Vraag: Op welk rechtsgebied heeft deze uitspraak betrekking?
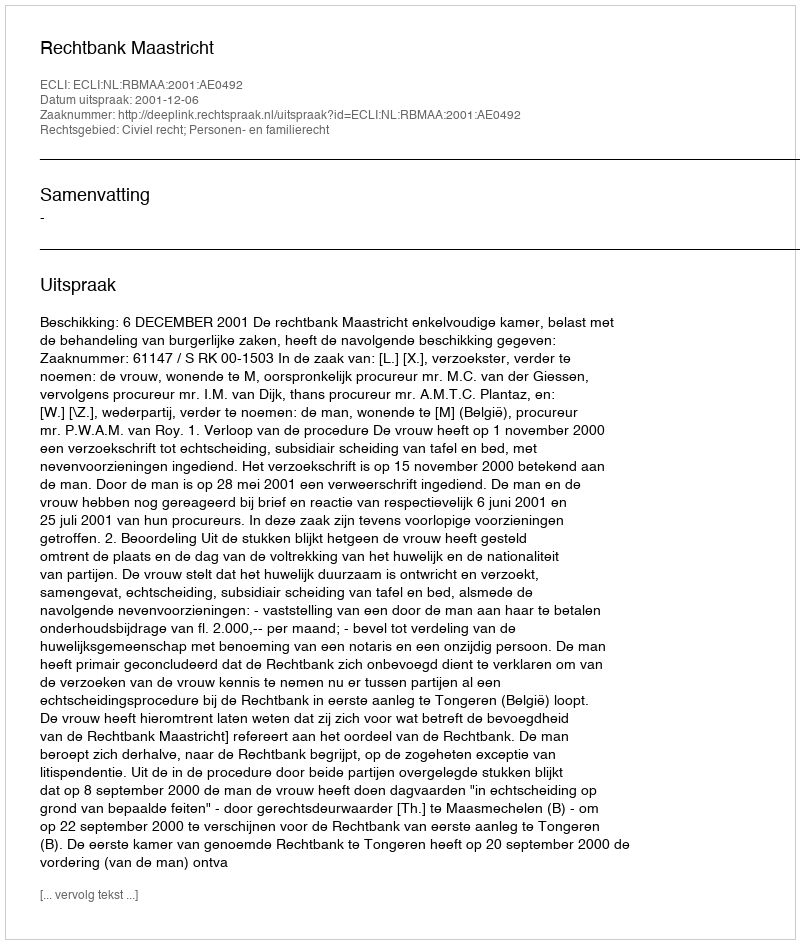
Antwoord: Civiel recht; Personen- en familierecht